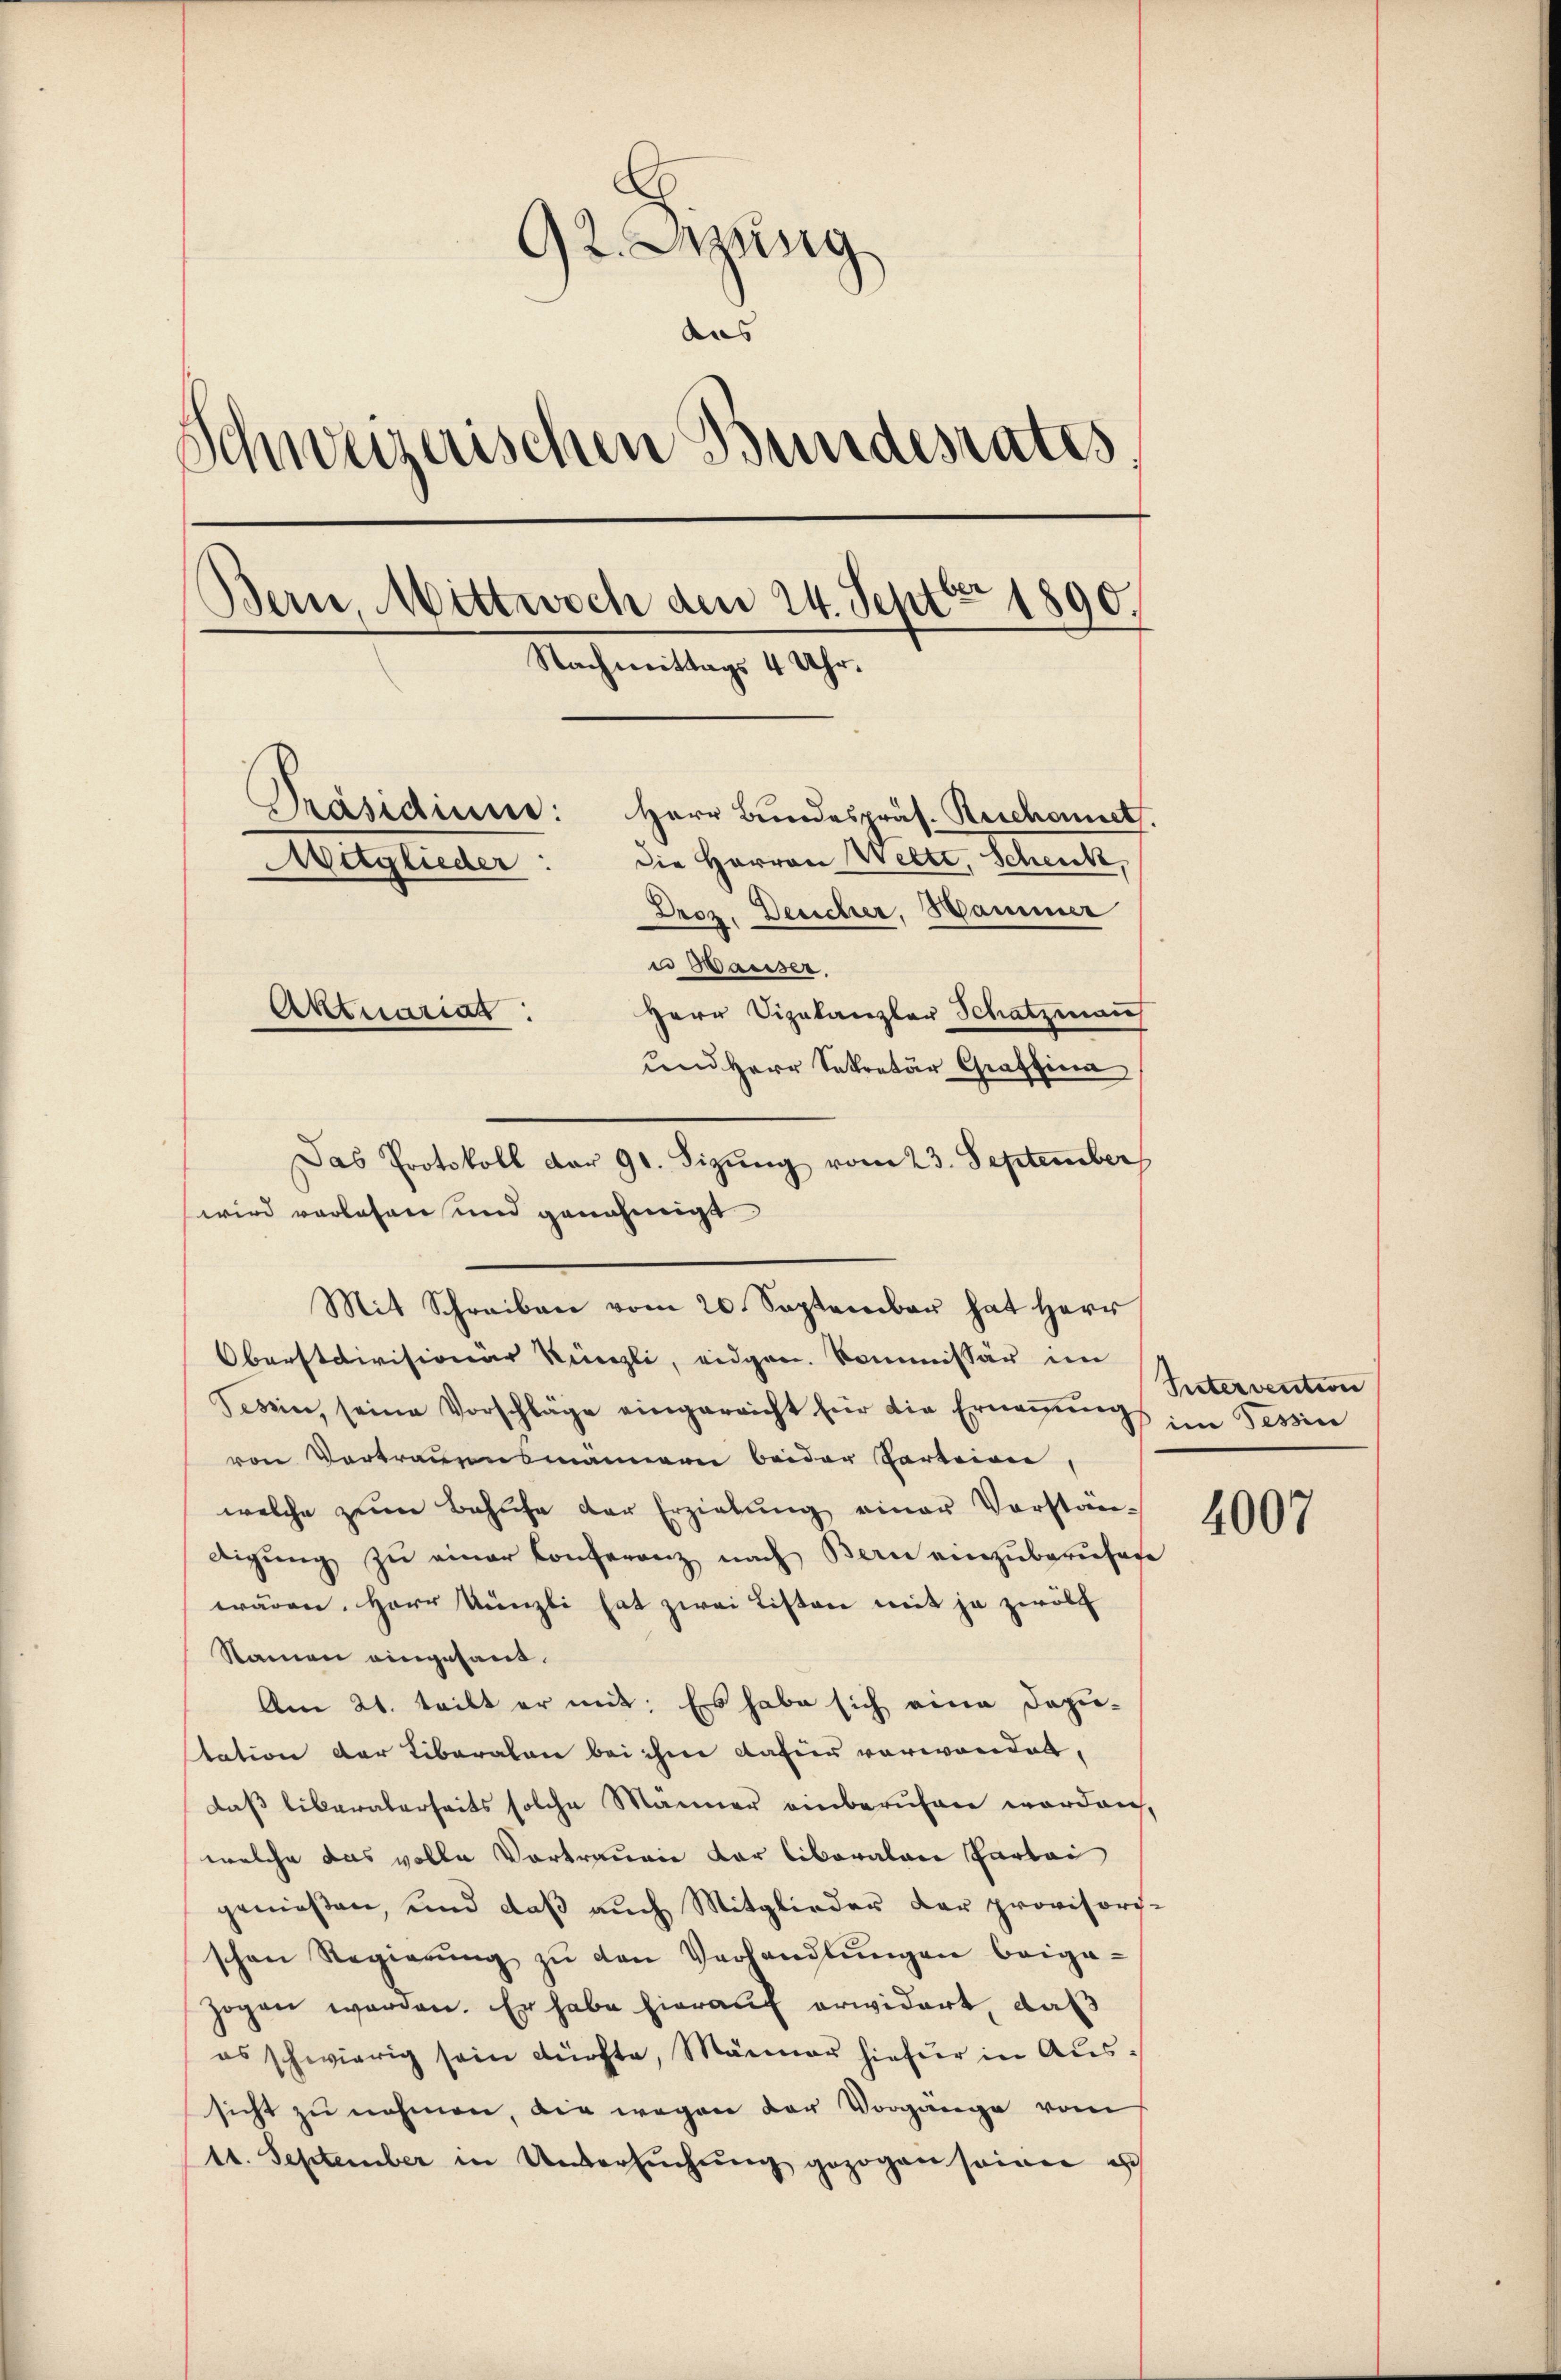
92. Sitzung
aus
Schweizerischen Bundesrates,
Bern, Mittwoch den 24. Septer 1890.
Nachmittags 4 Uhr.
Präsidium: Herr Bundespräs. Reichnet.
die Herren Welti, Schenk,
Auglieder:
Droz. Deucher, Hammer
u Hauser.
Herr Vizekanzler Schatzman
Aktuariat
und Herr Sekretär Graffina

Mit Schreiben vom 20. September hat Herr
Oberstdivisionär Künzli, eidgen. Kommissär im
Tessin, seine Vorschläge eingereicht für die Erneṅŭng im Tessin
von Vortrauensmännern beider Parteien,
welche zum Behufe der Erziehung einer Vorstän-
digŭng zŭ einer Conferenz nach Bern einzŭberŭfase
wären. Herr Künzli hat zwei Listen mit ja zwölf
Namen eingesand.
Am 21. teilt er mit: Es habe sich eine Dozie-
station der Liberalen bei ihm dafür verwanden,
daß liberalerseits solche Männer einberufen worden,
welche das volle Vortrauen der liberalen Partei
genießen, und daß auch Mitglieder der provisoris-
schen Regierŭng zŭ den Verhandlŭngen beige-
zogen werden. Er habe hierauf erwidert, daß
es schwierig sein dürfte, Männer hiefür in Aussicht zu nehmen, die wegen der Vorgänge vom
11. September in Untersŭchŭng gezogen seinen e

Das Protokoll dar 91. Sizung vom 23. September
wird vorlesen und genehmigt

Sintervention

4007